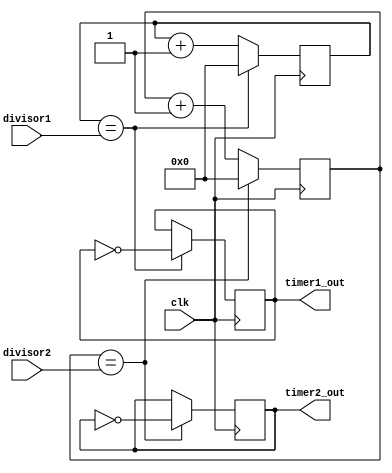
module multirate_timer (
    input wire clk,
    input wire [7:0] divisor1,
    input wire [7:0] divisor2,
    output reg timer1_out,
    output reg timer2_out
);

reg [7:0] counter1;
reg [7:0] counter2;

always @(posedge clk) begin
    counter1 <= counter1 + 1;
    counter2 <= counter2 + 1;

    if (counter1 == divisor1) begin
        timer1_out <= ~timer1_out;
        counter1 <= 0;
    end

    if (counter2 == divisor2) begin
        timer2_out <= ~timer2_out;
        counter2 <= 0;
    end
end

endmodule